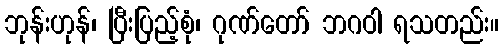
ဘုန်းဟုန်၊ ပြီးပြည့်စုံ၊ ဂုဏ်တော် ဘဂဝါ ရသတည်း။